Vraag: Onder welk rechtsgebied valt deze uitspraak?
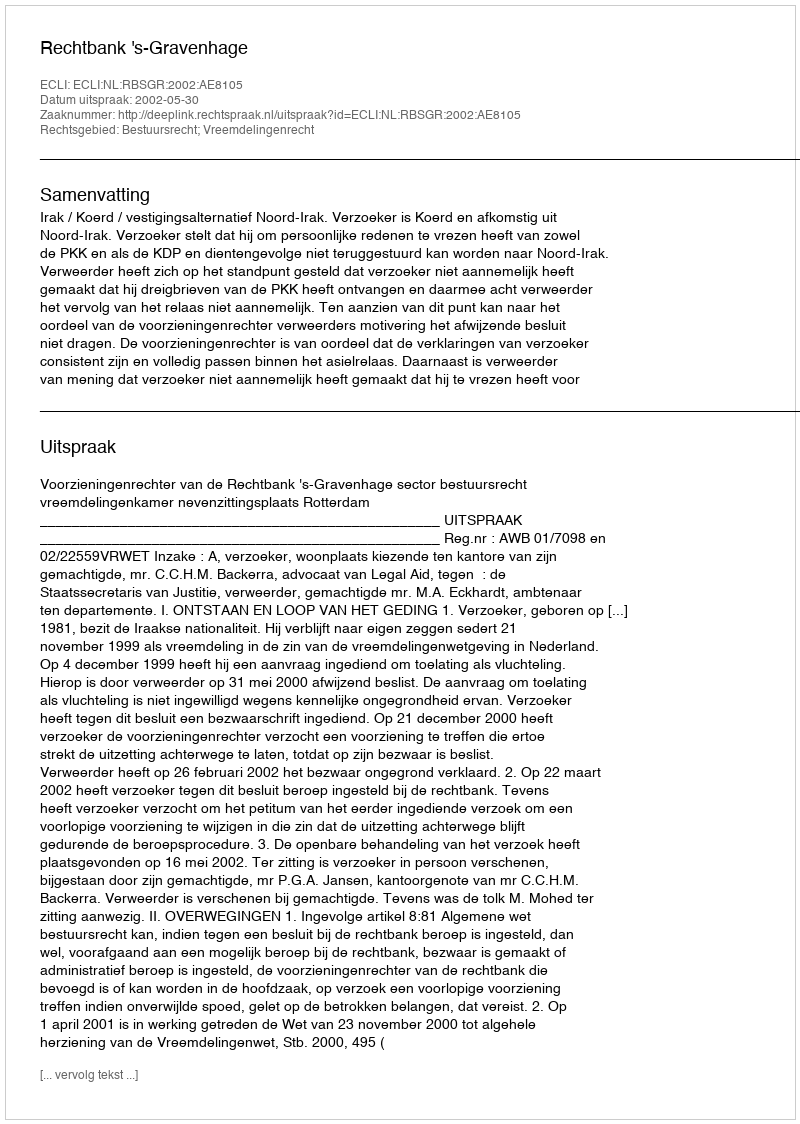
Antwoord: Bestuursrecht; Vreemdelingenrecht